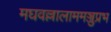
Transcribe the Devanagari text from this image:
मघवल्लालाममञ्जुप्रभ